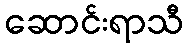
ဆောင်းရာသီ